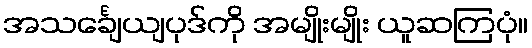
အသင်္ချေယျပုဒ်ကို အမျိုးမျိုး ယူဆကြပုံ။